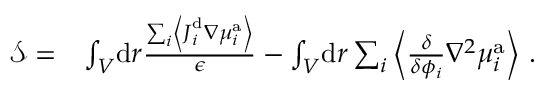
\begin{array} { r l } { \mathcal { S } = } & { \int _ { V } \! \mathrm { d } \boldsymbol { r } \frac { \sum _ { i } \left\langle \boldsymbol { J } _ { i } ^ { \mathrm { d } } \nabla { \mu } _ { i } ^ { \mathrm { a } } \right\rangle } { \epsilon } - \int _ { V } \! \mathrm { d } \boldsymbol { r } \sum _ { i } \left\langle \frac { \delta } { \delta { \phi _ { i } } } \nabla ^ { 2 } \mu _ { i } ^ { \mathrm { a } } \right\rangle \, . } \end{array}